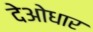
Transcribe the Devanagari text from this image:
देओधार